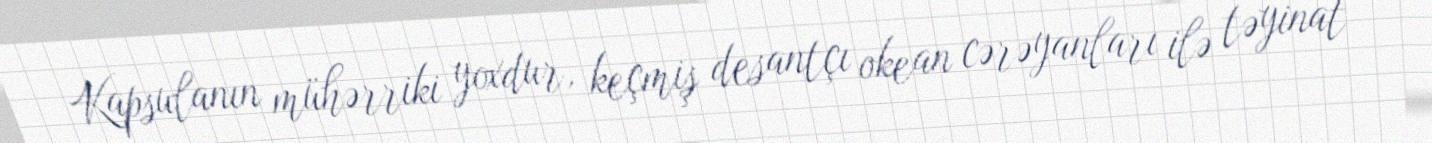
Kapsulanın mühərriki yoxdur, keçmiş desantçı okean cərəyanları ilə təyinat